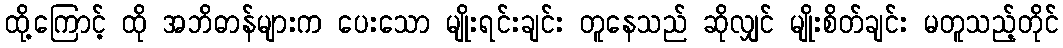
ထို့ကြောင့် ထို အဘိဓာန်များက ပေးသော မျိုးရင်းချင်း တူနေသည် ဆိုလျှင် မျိုးစိတ်ချင်း မတူသည့်တိုင်